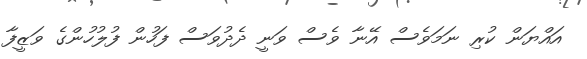
އައްޔަން ކުރި ނަމަވެސް އޭނާ ވެސް ވަނީ ދެދުވަސް ފަހުން ފުލުހުންގެ ވަޒީފާ